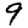
Digit: 9